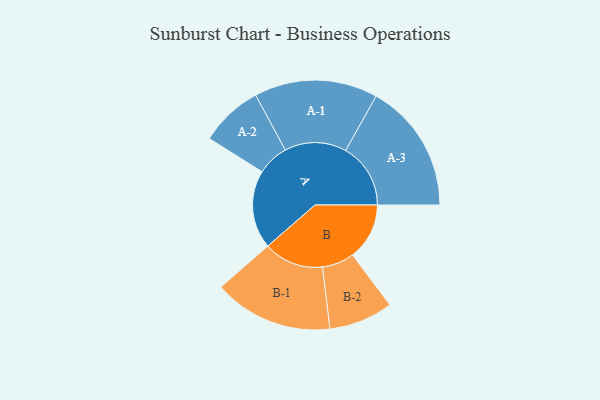
{"axis": {"x": "Segment", "y": "Value"}, "legend": ["", "A", "B"], "data": [{"x": "A", "y": 288, "type": ""}, {"x": "B", "y": 209, "type": ""}, {"x": "A-1", "y": 227, "type": "A"}, {"x": "A-2", "y": 116, "type": "A"}, {"x": "A-3", "y": 239, "type": "A"}, {"x": "B-1", "y": 220, "type": "B"}, {"x": "B-2", "y": 118, "type": "B"}]}